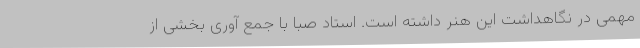
مهمی در نگاهداشت این هنر داشته است. استاد صبا با جمع آوری بخشی از